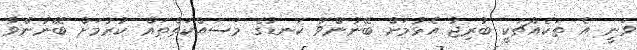
ވަނީ އެ ތަކެއްޗަކީ ބުރިޖު އެޅުމަށް ބޭނުންވާ ކަނޑުގެ މަސައްކަތްތައް ކުރުމަށް ބޭނުންވާ